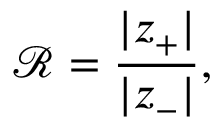
\mathcal { R } = \frac { \vert z _ { + } \vert } { \vert z _ { - } \vert } ,